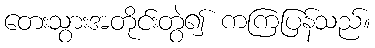
တေးသွားအတိုင်းတွဲ၍ ကကြပြန်သည်။